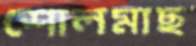
শোলমাছ